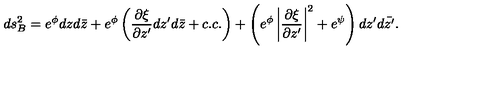
d s _ { B } ^ { 2 } = e ^ { \phi } d z d \bar { z } + e ^ { \phi } \left( \frac { \partial \xi } { \partial z ^ { \prime } } d z ^ { \prime } d \bar { z } + c . c . \right) + \left( e ^ { \phi } \left| \frac { \partial \xi } { \partial z ^ { \prime } } \right| ^ { 2 } + e ^ { \psi } \right) d z ^ { \prime } d \bar { z ^ { \prime } } .